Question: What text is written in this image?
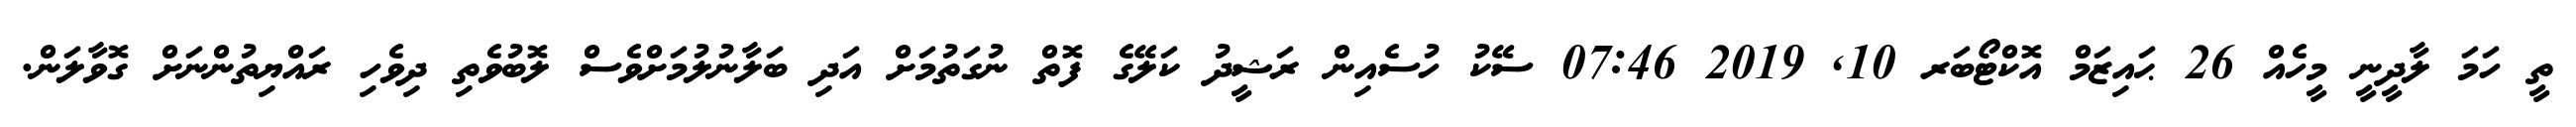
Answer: ތީ ހަމަ ލާދީނީ މީހެއް 26 ޙައިޒަމް އޮކްޓޯބަރ 10, 2019 07:46 ސޭކު ހުސެއިން ރަޝީދު ކަލޭގެ ފޮތް ނުގަތުމަށް އަދި ބަލާނުލުމަށްވެސް ލޮބުވެތި ދިވެހި ރައްޔިތުންނަށް ގޮވާލަން.